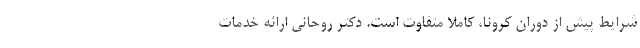
شرایط پیش از دوران کرونا، کاملا متفاوت است. دکتر روحانی ارائه خدمات